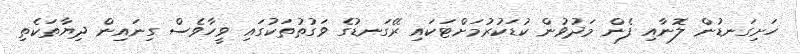
ހަށިގަނޑުން ލޮނާއި ފެން މަދުވުން ކުޑަކުރުމަށްޓަކައި ރޭގަނޑުގެ ވަގުތުތަކުގައި ވީހާވެސް ގިނައިން ދިޔާތަކެތި